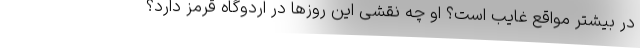
در بیشتر مواقع غایب است؟ او چه نقشی این روزها در اردوگاه قرمز دارد؟